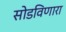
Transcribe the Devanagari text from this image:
सोडविणारा